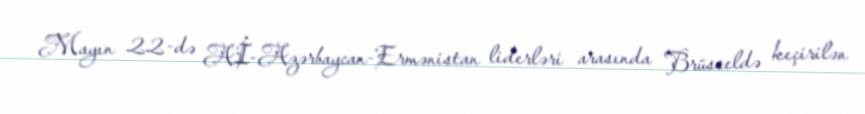
Mayın 22-də Aİ-Azərbaycan-Ermənistan liderləri arasında Brüsseldə keçirilən